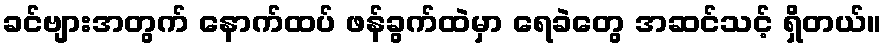
ခင်ဗျားအတွက် နောက်ထပ် ဖန်ခွက်ထဲမှာ ရေခဲတွေ အဆင်သင့် ရှိတယ်။